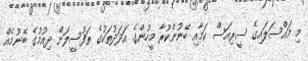
މި މައްސަލައިގެ ސީރިއަސް ކަމާއި ބޭނުންކުރާ މީހުންގެ އަދަދުތަކުގެ ތަފުސީލަށް ދިއުމުގެ ބޭނުމެއް